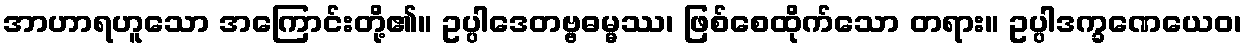
အာဟာရဟူသော အကြောင်းတို့၏။ ဥပ္ပါဒေတဗ္ဗဓမ္မဿ၊ ဖြစ်စေထိုက်သော တရား။ ဥပ္ပါဒက္ခဏေယေဝ၊